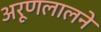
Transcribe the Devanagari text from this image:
अरूणलालने